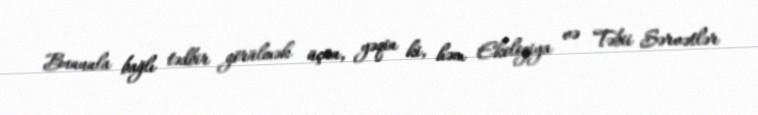
Bununla bağlı tədbir görülmək üçün, yəqin ki, həm Ekologiya və Təbii Sərvətlər